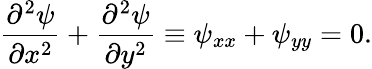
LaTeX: {\frac{\partial^{2}\psi}{\partial x^{2}}}+{\frac{\partial^{2}\psi}{\partial y^{2}}}\equiv\psi_{xx}+\psi_{yy}=0.